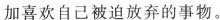
加喜欢自己被迫放弃的事物。